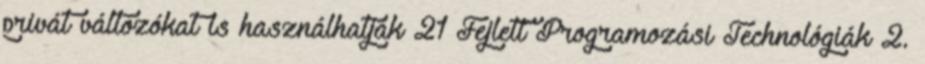
privát változókat is használhatják 21 Fejlett Programozási Technológiák 2.